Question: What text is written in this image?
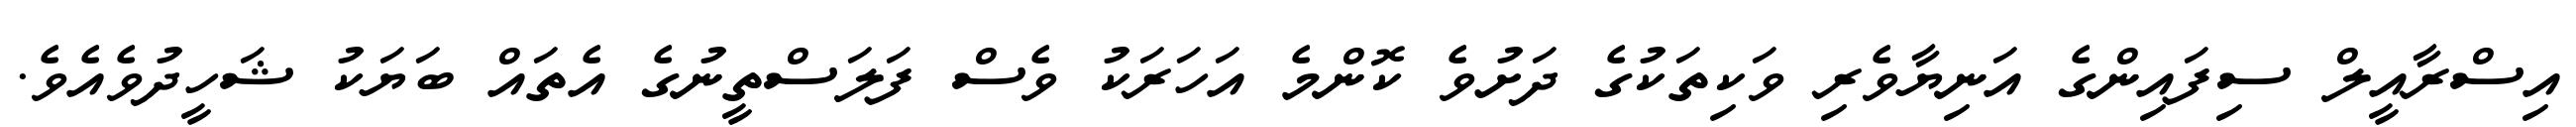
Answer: އިސްރާއީލް ސިފައިންގެ އަނިޔާވެރި ވަކިތަކުގެ ދަށުވެ ކޮންމެ އަހަރަކު ވެސް ފަލަސްތީނުގެ އެތައް ބަޔަކު ޝަހީދުވެއެވެ.